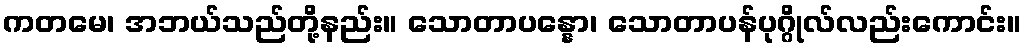
ကတမေ၊ အဘယ်သည်တို့နည်း။ သောတာပန္နော၊ သောတာပန်ပုဂ္ဂိုလ်လည်းကောင်း။